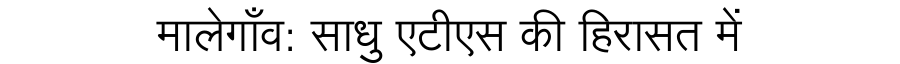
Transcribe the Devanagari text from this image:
मालेगाँव: साधु एटीएस की हिरासत में